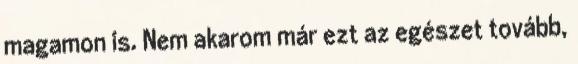
magamon is. Nem akarom már ezt az egészet tovább,